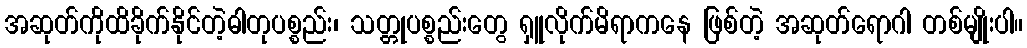
အဆုတ်ကိုထိခိုက်နိုင်တဲ့ဓါတုပစ္စည်း၊ သတ္တုပစ္စည်းတွေ ရှူလိုက်မိရာကနေ ဖြစ်တဲ့ အဆုတ်ရောဂါ တစ်မျိုးပါ။